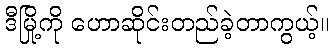
ဒီမြို့ကို ဟောဆိုင်းတည်ခဲ့တာကွယ့်။